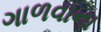
ગાળવાના